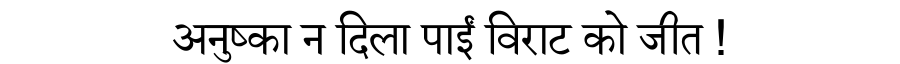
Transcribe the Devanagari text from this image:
अनुष्का न दिला पाईं विराट को जीत !